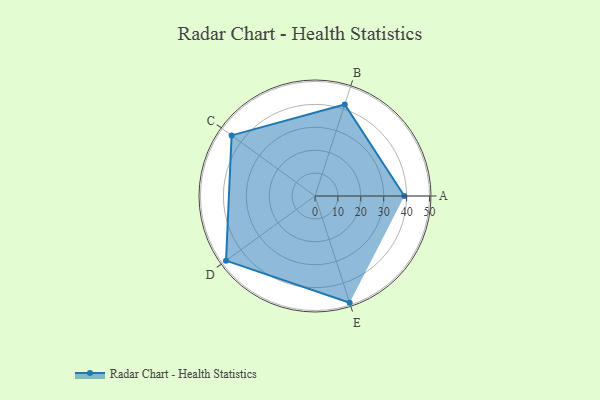
{"axis": {"x": "Skill", "y": "Score"}, "legend": ["Profile"], "data": [{"x": "A", "y": 39.0, "type": "Profile"}, {"x": "B", "y": 42.0, "type": "Profile"}, {"x": "C", "y": 45.0, "type": "Profile"}, {"x": "D", "y": 48.0, "type": "Profile"}, {"x": "E", "y": 49.0, "type": "Profile"}]}